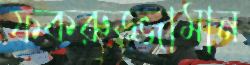
ফকরুজ্জামান